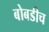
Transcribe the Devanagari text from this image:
बोबडीच